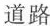
道路